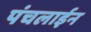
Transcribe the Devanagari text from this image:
पंचलाईन